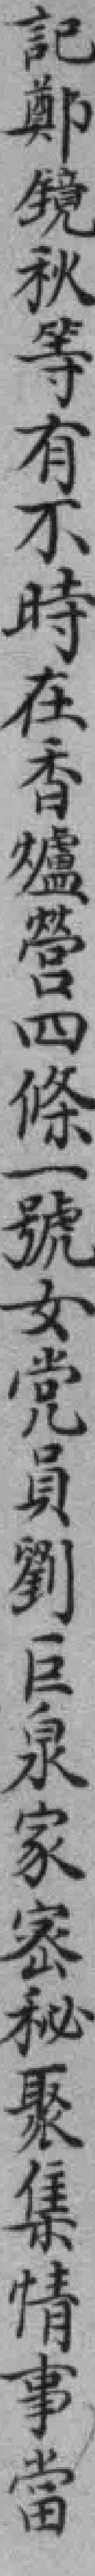
記鄭镜秋等有不時在香爐營四條一號女党員劉巨泉家密秘聚集情事當